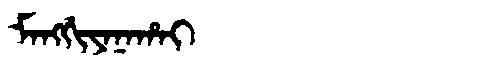
Manchu: ᠮᠠᠩᡤᡳᠶᠠᠨᠠᡥᠠᡳ
Romanization: MANGGIYANAHAI